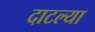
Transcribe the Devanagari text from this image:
दाटल्या